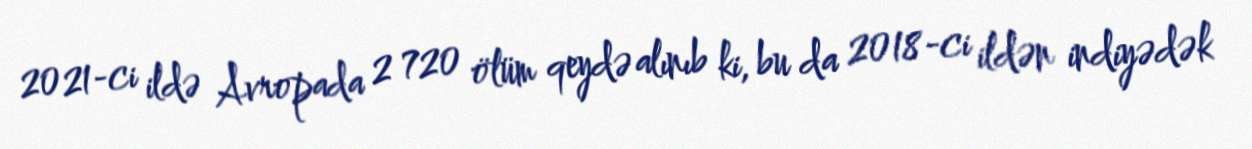
2021-ci ildə Avropada 2 720 ölüm qeydə alınıb ki, bu da 2018-ci ildən indiyədək